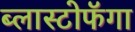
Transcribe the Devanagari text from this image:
ब्लास्टोफॅगा